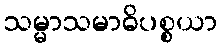
သမ္မာသမာဓိပစ္စယာ